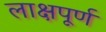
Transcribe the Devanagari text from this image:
लाक्षपूर्ण